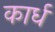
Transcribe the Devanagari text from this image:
कार्ध